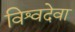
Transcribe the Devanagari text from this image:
विश्वदेवा